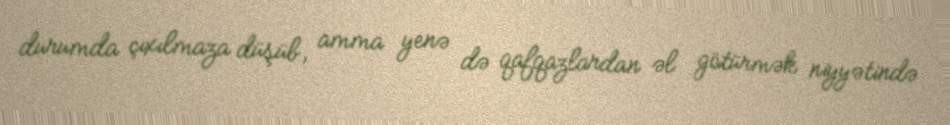
durumda çıxılmaza düşüb, amma yenə də qafqazlardan əl götürmək niyyətində